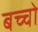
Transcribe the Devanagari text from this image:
बच्‍चो